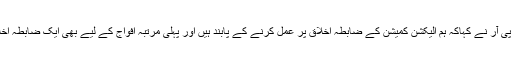
ڈی جی آئی ایس پی آر نے کہاکہ ہم الیکشن کمیشن کے ضابطہ اخلاق پر عمل کرنے کے پابند ہیں اور پہلی مرتبہ افواج کے لیے بھی ایک ضابطہ اخلاق تیار کیا گیا ۔